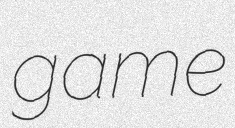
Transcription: game